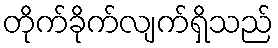
တိုက်ခိုက်လျက်ရှိသည်